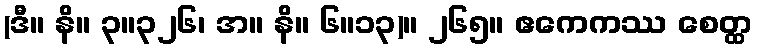
(ဒီ။ နိ။ ၃။၃၂၆၊ အ။ နိ။ ၆။၁၃)။ ၂၆၅။ ဧကေကဿ စေတ္ထ